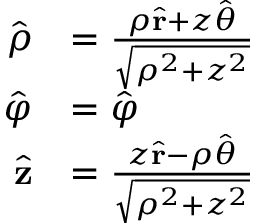
{ \begin{array} { r l } { { \hat { \boldsymbol { \rho } } } } & { = { \frac { \rho { \hat { \mathbf { r } } } + z { \hat { \boldsymbol { \theta } } } } { \sqrt { \rho ^ { 2 } + z ^ { 2 } } } } } \\ { { \hat { \boldsymbol { \varphi } } } } & { = { \hat { \boldsymbol { \varphi } } } } \\ { { \hat { \mathbf { z } } } } & { = { \frac { z { \hat { \mathbf { r } } } - \rho { \hat { \boldsymbol { \theta } } } } { \sqrt { \rho ^ { 2 } + z ^ { 2 } } } } } \end{array} }